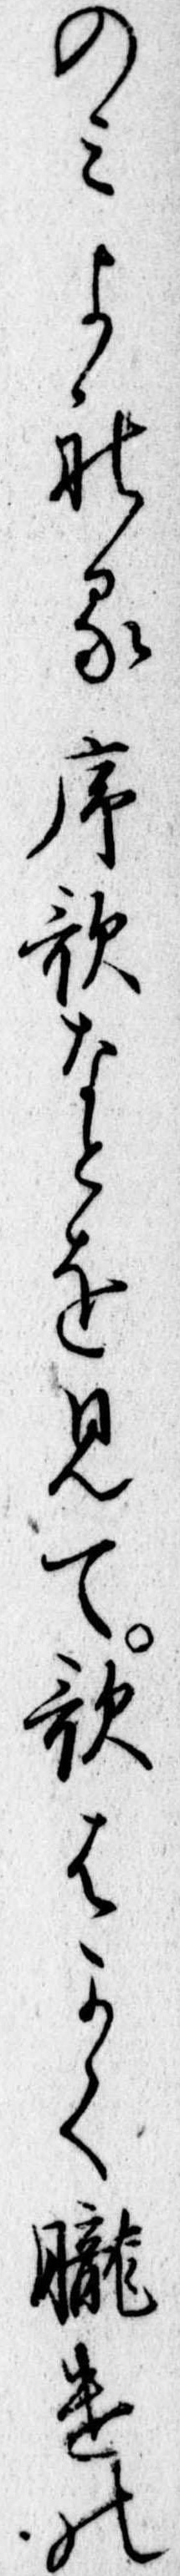
のみよれる序歌なとを見て歌はかく朧けの